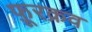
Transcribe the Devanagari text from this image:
फ़ूरक्रव